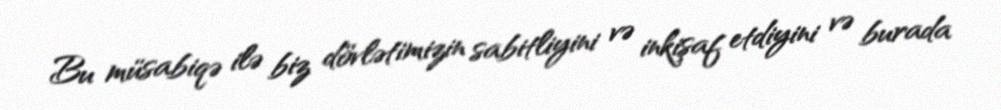
Bu müsabiqə ilə biz dövlətimizin sabitliyini və inkişaf etdiyini və burada